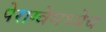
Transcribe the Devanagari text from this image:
पेराग्वेमध्येच